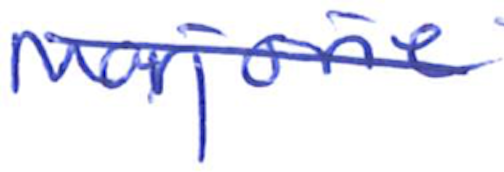
Text: Marjorie
Cross-out: mix
Writing tool: ballpoint